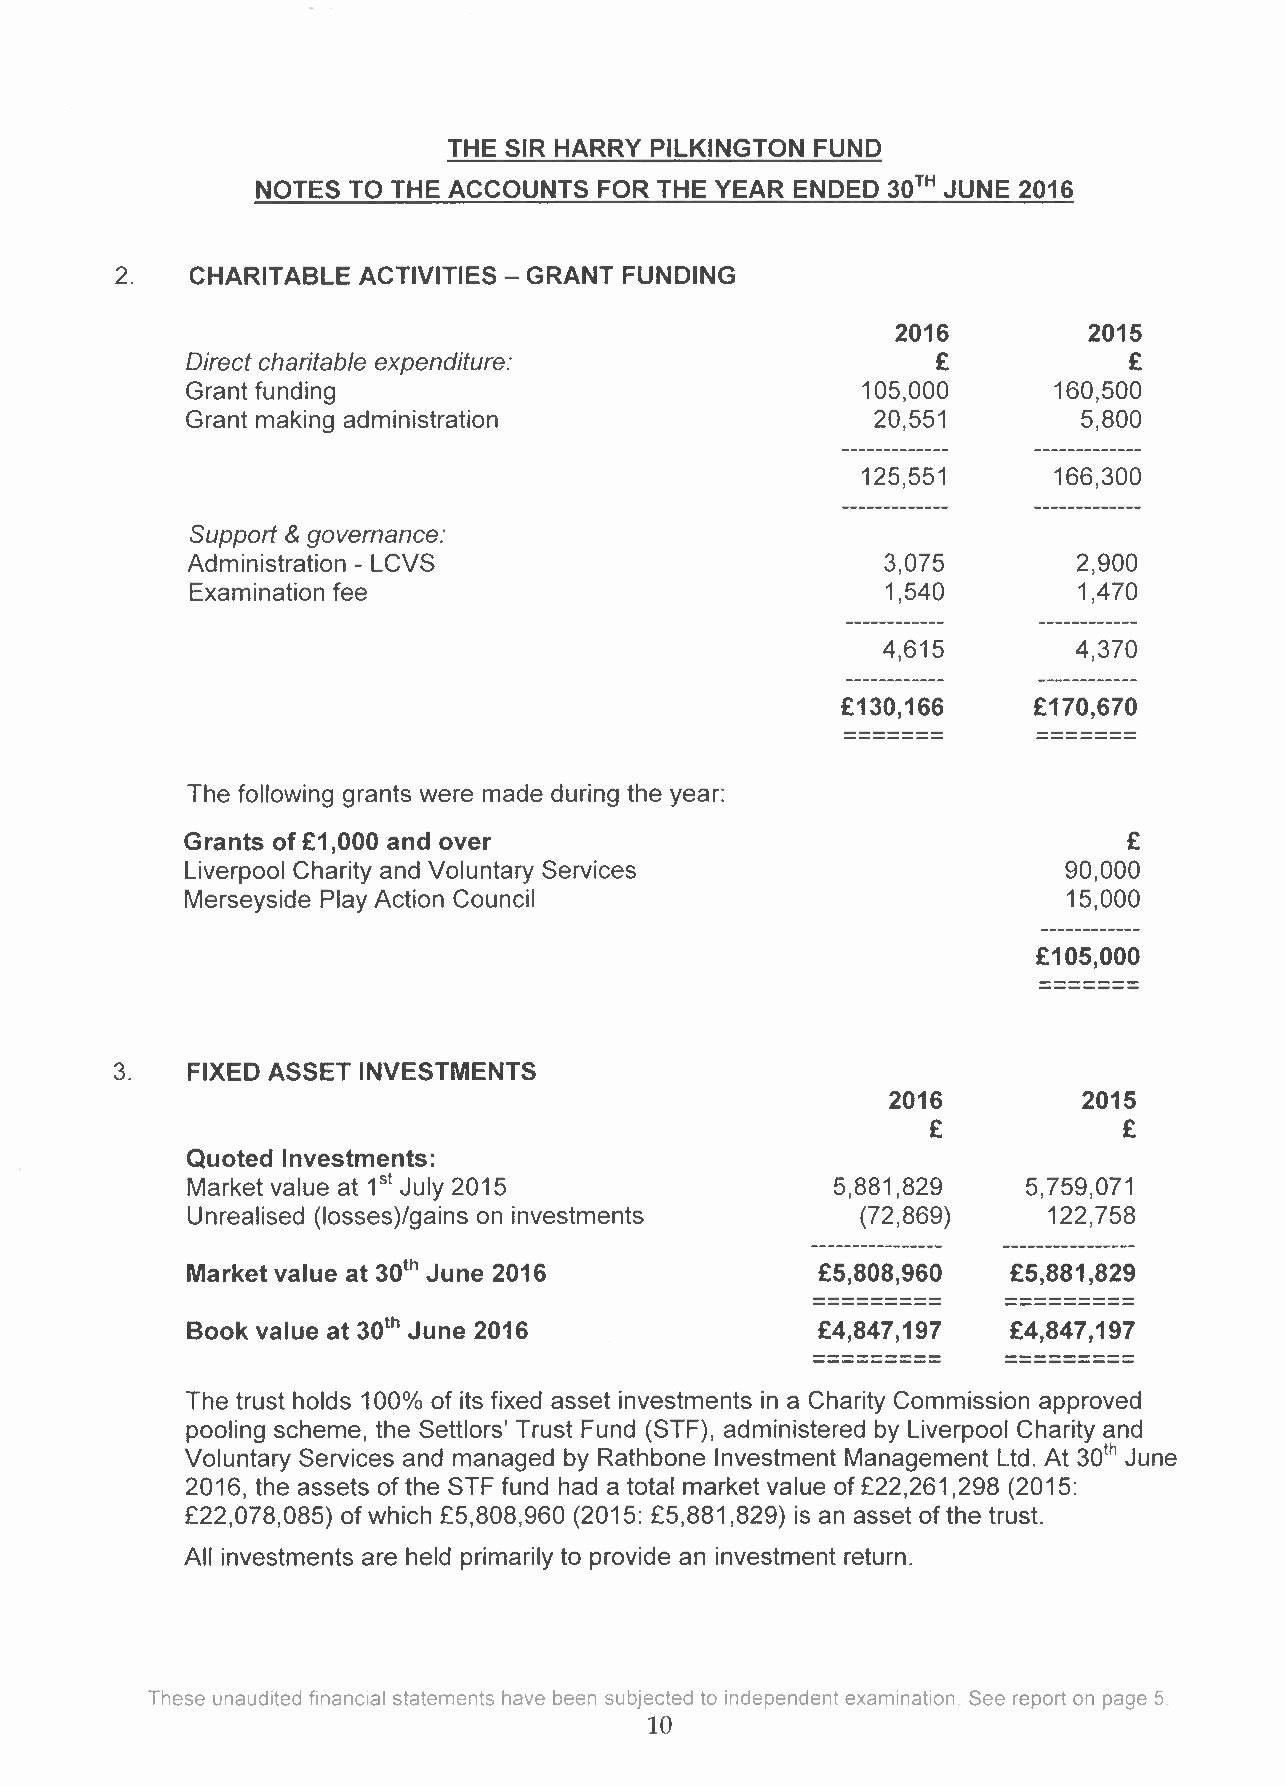
THE SIR HARRY PILKINGTON FUND
 NOTES TO THE ACCOUNTS  FOR THE YEAR ENDED 30TH JUNE 2016
 2.   CHARITABLE ACTIVITIES - GRANT FUNDING
 2016         2015
 Direct charitable expenditure:                    £            £
 Grant funding                                105,000      160,500
 Grant making administration                   20,551        5,800
 ------------- -------------
 125,551      166,300
 ------------- -------------
 Support & governance:
 Administration - LCVS                         3,075        2,900
 Examination fee                               1,540       1,470
 ------------ ------------
 4,615        4,370
 ------------ ------------
 £130,166    £170,670
 ------------- - - --- -- -- -- -- --
 The following grants were made during the year:
 Grants of £1 ,000 and over                                     £
 Liverpool Charity and Voluntary Services                  90,000
 Merseyside Play Action Council                             15,000
 £105,000
 --------------
 3.  FIXED ASSET INVESTMENTS
 2016         2015
 £            £
 Quoted Investments:
 Market value at 1 July 2015                5,881,829    5,759,071
 st
 Unrealised (Iosses)/gains on investments     (72,869)    122,758
 ---------------- ----------------
 Market value at 30 June 2016              £5,808,960   £5,881,829
 th
 ------------------ ------------------
 Book value at 30 June 2016                £4,847,197   £4,847,197
 th
 ------------------ ------------------
 The trust holds 100% of its fixed asset investments in a Charity Commission approved
 pooling scheme, the Settlors' Trust Fund (STF), administered by Liverpool Charity and
 so"
 Voluntary Services and managed by Rathbone Investment Management Ltd. At June
 2016, the assets of the STF fund had a total market value of £22,261 ,298 (2015:
 £22,078,085) of which £5,808,960 (2015: £5,881,829) is an asset of the trust.
 All investments are held primarily to provide an investment return.
 These unaudited financial statements have been subjected to independent examination See report on page 5.
 lO